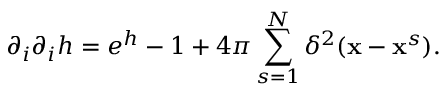
\partial _ { i } \partial _ { i } h = e ^ { h } - 1 + 4 \pi \sum _ { s = 1 } ^ { N } \delta ^ { 2 } ( { \bf { x } } - { \bf { x } } ^ { s } ) .